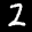
Label: 2